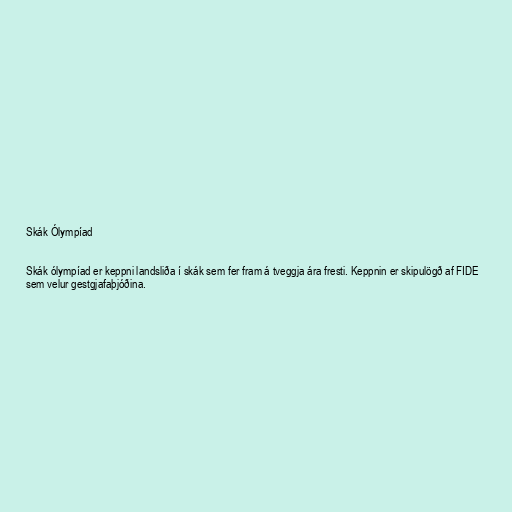
Skák Ólympíad

Skák ólympíad er keppni landsliða í skák sem fer fram á tveggja ára fresti. Keppnin er skipulögð af FIDE
sem velur gestgjafaþjóðina.